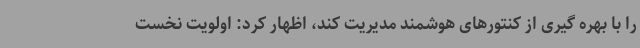
را با بهره گیری از کنتورهای هوشمند مدیریت کند، اظهار کرد: اولویت نخست